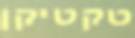
טקטיקן